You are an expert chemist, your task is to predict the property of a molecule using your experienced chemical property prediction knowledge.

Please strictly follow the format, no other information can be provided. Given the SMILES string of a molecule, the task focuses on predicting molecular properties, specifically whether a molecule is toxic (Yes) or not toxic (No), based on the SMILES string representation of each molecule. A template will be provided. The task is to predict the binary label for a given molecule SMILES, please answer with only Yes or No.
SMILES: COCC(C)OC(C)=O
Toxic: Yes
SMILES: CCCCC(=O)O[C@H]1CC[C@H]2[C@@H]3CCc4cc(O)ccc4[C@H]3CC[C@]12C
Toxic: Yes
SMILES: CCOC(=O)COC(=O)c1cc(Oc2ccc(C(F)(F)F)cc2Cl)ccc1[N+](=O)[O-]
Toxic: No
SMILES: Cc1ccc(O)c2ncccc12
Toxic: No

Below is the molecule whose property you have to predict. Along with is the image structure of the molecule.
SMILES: C[C@]12CC[C@@H]3c4ccc(OC(=O)N(CCCl)CCCl)cc4CC[C@H]3[C@@H]1CC[C@@H]2OP(=O)([O-])[O-]
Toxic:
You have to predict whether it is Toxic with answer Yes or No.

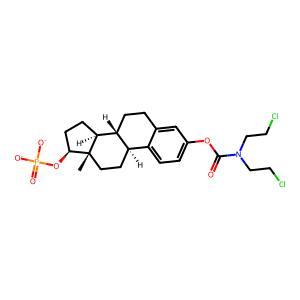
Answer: Yes